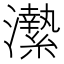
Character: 𤃲